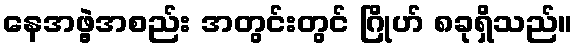
နေအဖွဲ့အစည်း အတွင်းတွင် ဂြိုဟ် ၈ခုရှိသည်။